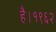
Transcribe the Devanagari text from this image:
है।१९६२